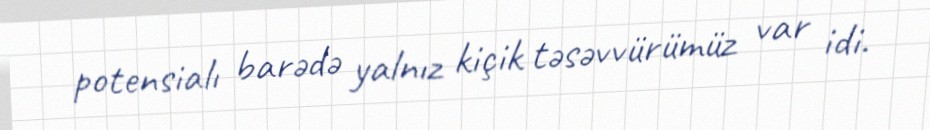
potensialı barədə yalnız kiçik təsəvvürümüz var idi.